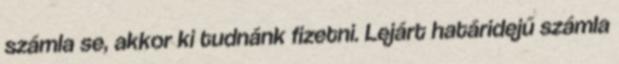
számla se, akkor ki tudnánk fizetni. Lejárt határidejű számla